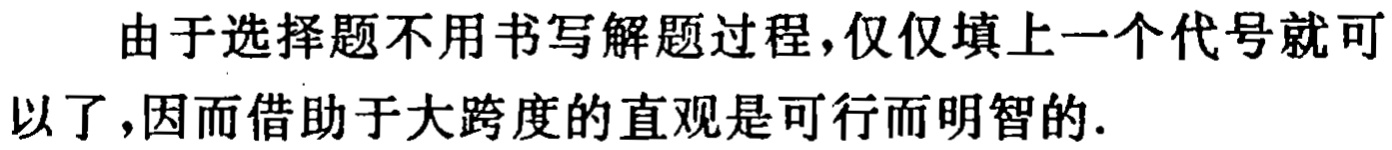
由于选择题不用书写解题过程，仅仅填上一个代号就可以了，因而借助于大跨度的直观是可行而明智的.